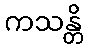
ကသန္တိ